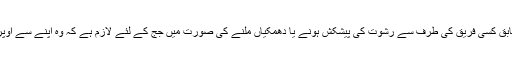
اب ججز کے کنڈیکٹ کے مطابق کسی فریق کی طرف سے رشوت کی پیشکش ہونے یا دھمکیاں ملنے کی صورت میں جج کے لئے لازم ہے کہ وہ اپنے سے اوپر متعلقہ اتھارٹی کو آگاہ کرے۔